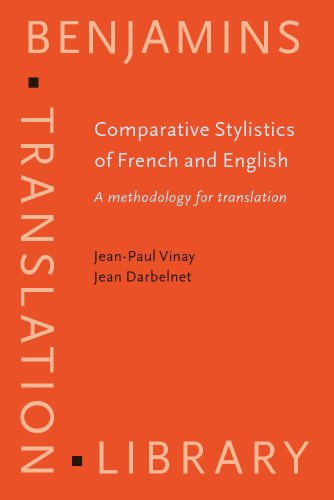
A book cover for Comparative Stylistics of French and English: A methodology for translation (Benjamins Translation Library); Jean-Paul Vinay; Reference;